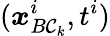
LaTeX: (\boldsymbol{x}_{B\mathcal{C}_{k}}^{i},t^{i})